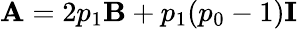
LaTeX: \mathbf{A}=2p_{1}\mathbf{B}+p_{1}(p_{0}-1)\mathbf{I}